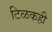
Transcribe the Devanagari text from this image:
टिळकही